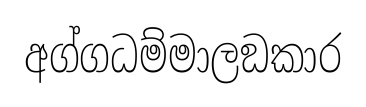
අග්ගධම්මාලඞකාර